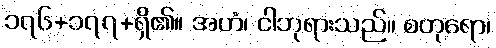
၁၇၆+၁၇၇+ရှိ၏။ အဟံ၊ ငါဘုရားသည်။ စတုရော၊